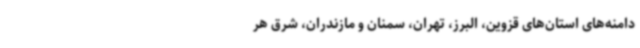
دامنه‌های استان‌های قزوین، البرز، تهران، سمنان و مازندران، شرق هر